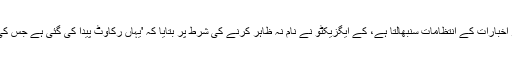
بینیٹ کولمین اینڈ کو، جو ٹائمز آف انڈیا اور اکنامک ٹائمز اخبارات کے انتظامات سنبھالتا ہے، کے ایگزیکٹو نے نام نہ ظاہر کرنے کی شرط پر بتایا کہ 'یہاں رکاوٹ پیدا کی گئی ہے جس کی وجہ چند رپورٹس جن سے وہ ناخوش ہیں، ہوسکتی ہے'۔